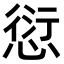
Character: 愆